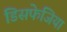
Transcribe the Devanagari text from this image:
डिसफेजिया